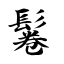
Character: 鬈